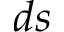
d s